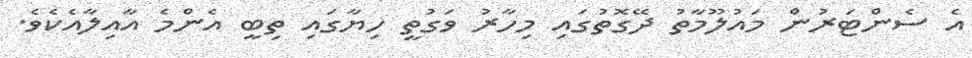
އެ ސެންޓަރުން މައުލޫމާތު ދޭގޮތުގައި މިހާރު ވަގުތީ ހިޔާގައި ތިބީ އެންމެ އާއިލާއެކެވެ.